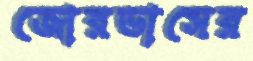
জোরভাসের